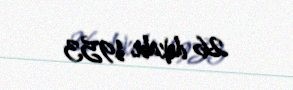
26 dekabr 1953